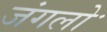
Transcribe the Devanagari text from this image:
जंगलोॱ